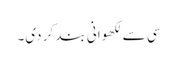
سی سے لکھوانی بند کر دی۔